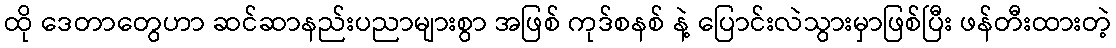
ထို ဒေတာတွေဟာ ဆင်ဆာနည်းပညာများစွာ အဖြစ် ကုဒ်စနစ် နဲ့ ပြောင်းလဲသွားမှာဖြစ်ပြီး ဖန်တီးထားတဲ့